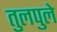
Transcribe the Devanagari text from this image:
तुलपुले